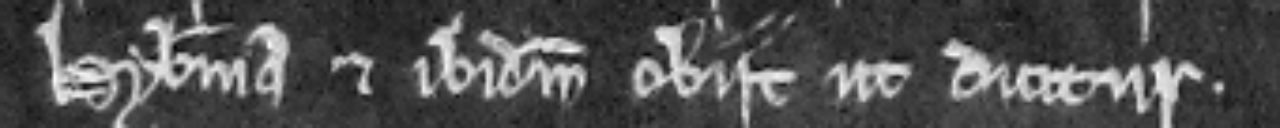
Hybernia et ibidem obiit ut dicitur.